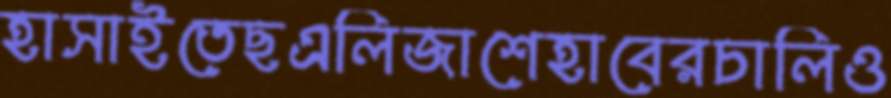
হাসাইতেছএলিজাশেহাবেরচালিও